Code of medical and sanitary regulations for the guidance of medical officers serving in the Madras Presidency - Volume I
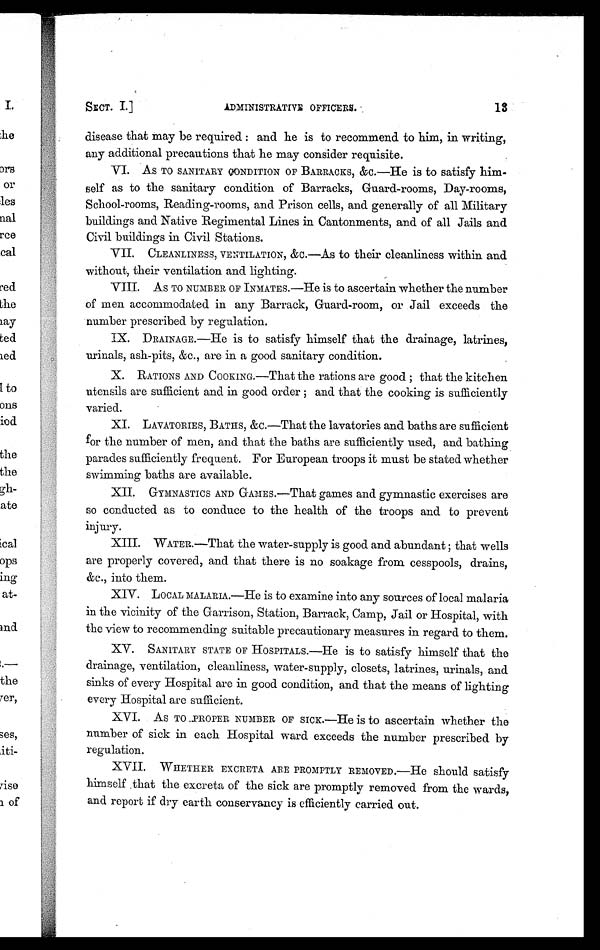
13
ADMINISTRATIVE OFFICERS.
SECT. I.]
disease that may be required: and he is to recommend to him, in writing,
any additional precautions that he may consider requisite.
VI. AS TO SANITARY CONDITION OF BARRACKS, &c.—He is to satisfy him-
self as to the sanitary condition of Barracks, Guard-rooms, Day-rooms,
School-rooms, Reading-rooms, and Prison cells, and. generally of all Military
buildings and Native Regimental Lines in Cantonments, and of all Jails and
Civil buildings in Civil Stations.
VII. CLEANLINESS, VENTILATION, &c.—As to their cleanliness within and
without, their ventilation and. lighting.
VIII. A S T O N U M B E R O F I N M A T E S . — H e i s t o a s c e r t a i n w h e t h e r t h e n u m b e r
of men accommodated in any Barrack, Guard-room, or Jail exceeds the
number prescribed by regulation.
IX. DRAINAGE.—He is to satisfy himself that the drainage, latrines,
urinals, ash-pits, &c., are in a good sanitary condition.
X. RATIONS AND COOKING.—That the rations are good; that the kitchen
utensils are sufficient and in good order; and that the cooking is sufficiently
varied.
XI. LAVATORIES, BATHS, &c.—That the lavatories and baths are sufficient
for the number of men, and that the baths are sufficiently used, and bathing
parades sufficiently frequent. For European troops it must be stated whether
swimming baths are available.
XII. GYMNASTICS AND GAMES.—That games and gymnastic exercises are
so conducted as to conduce to the health of the troops and to prevent
injury.
XIII. WATER.—That the water-supply is good. and abundant; that wells
are properly covered, and that there is no soakage from cesspools, drains,
&c., into them.
XIV. LOCAL MALARIA.—He is to examine into any sources of local malaria
in the vicinity of the Garrison, Station, Barrack, Camp, Jail or Hospital, with
the view to recommending suitable precautionary measures in regard to them.
XV. SANITARY STATE OF HOSPITALS.—He is to satisfy himself that the
drainage, ventilation, cleanliness, water-supply, closets, latrines, urinals, and
sinks of every Hospital are in good condition, and that the means of lighting
every Hospital are sufficient.
XVI. As TO PROPER NUMBER OF SICK—He is to ascertain whether the
number of sick in each Hospital ward exceeds the number prescribed by
regulation.
XVII. WHETHER EXCRETA ARE PROMPTLY REMOVED.—He should satisfy
him self . that the excreta of the sick are promptly removed from the wards,
and report if dry earth conservancy is efficiently carried out.